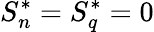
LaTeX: S_{n}^{*}=S_{q}^{*}=0